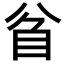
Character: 𥄘